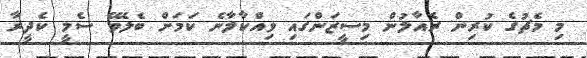
މިި މެޗުގެ ކުރިން ރެއާލުން މިސީޒަންގައި ވިއްކާލާނެ ކަމަށް ބެލެވޭ ސެމީ ކެދީރާ